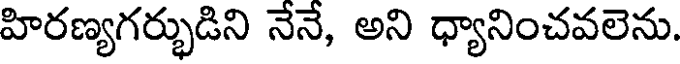
హిరణ్యగర్భుడిని నేనే, అని ధ్యానించవలెను.